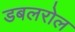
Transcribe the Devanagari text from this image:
डबलरोल